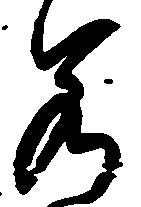
若